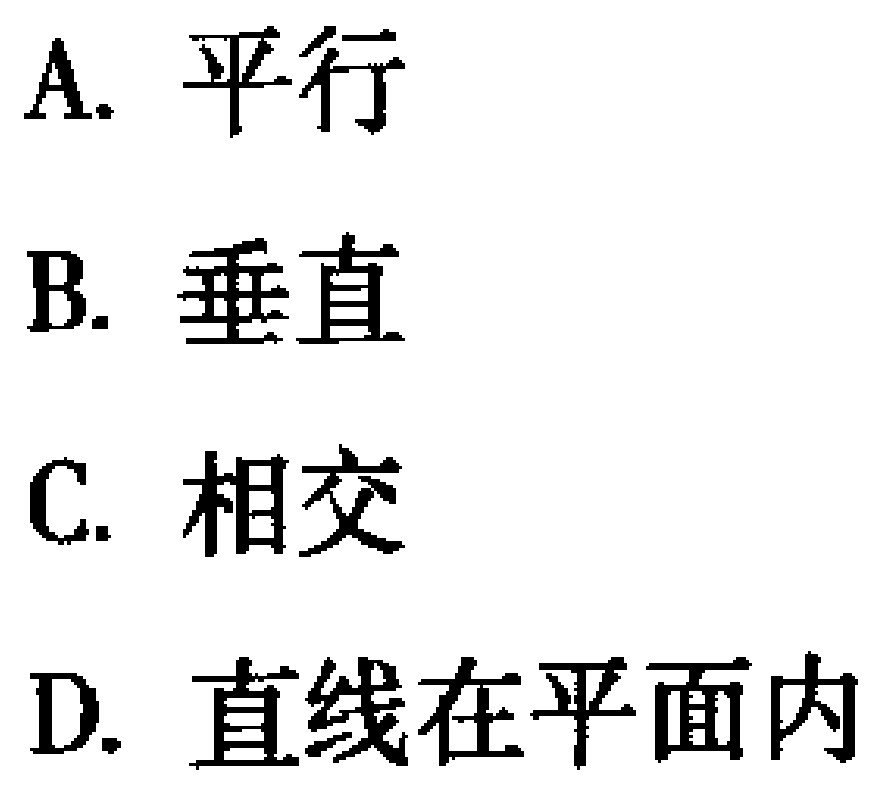
A. 平行
B. 垂直
C. 相交
D. 直线在平面内